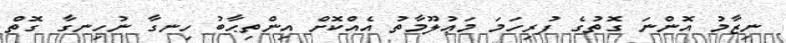
ނިޒާމު އޮންނަ ގޮތުގެ ފުރިހަމަ މަޢުލޫމާތު އެއްކޮށް އިންތިޙާބު ހިނގާ ނުހިނގާ ގޮތް